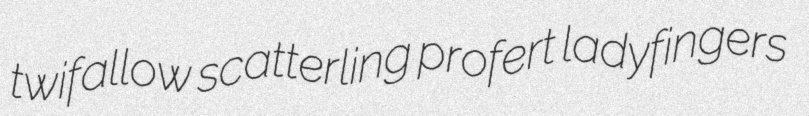
twifallow scatterling profert ladyfingers